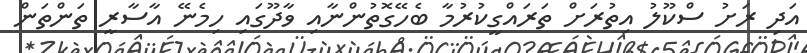
އަދި ރަށު ސްކޫލު އިތުރަށް ތަރައްގީކުރުމާ ބެހޭގޮތުންނާއި ވާދޫގައި ހިމެނޭ އާސާރީ ތަންތަން